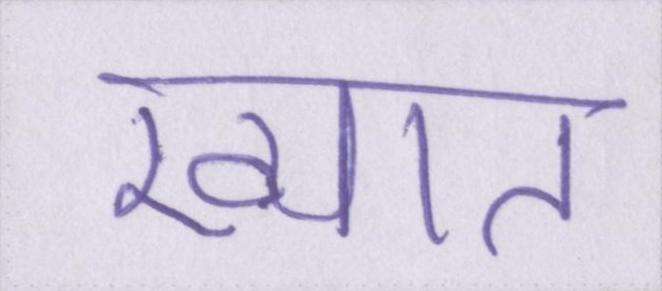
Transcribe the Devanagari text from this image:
ख्यात